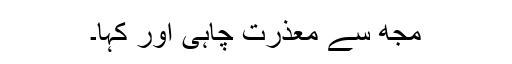
مجھ سے معذرت چاہی اور کہا۔